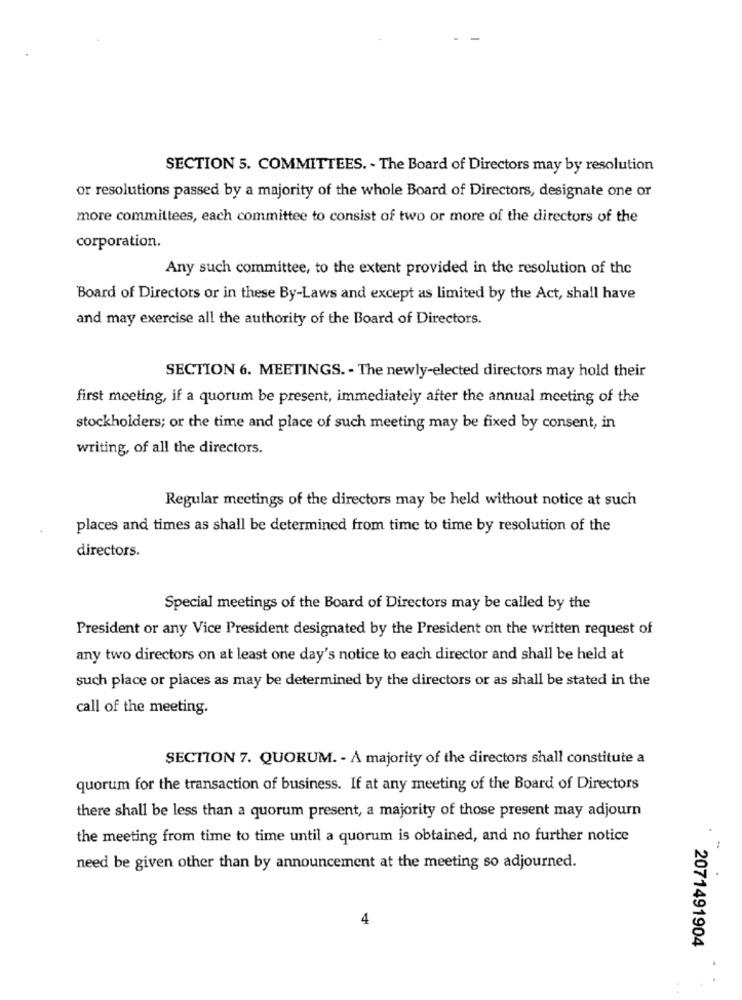
SECTION 5. COMMITTEES. - The Board of Directors may by resolution
or resolutions passed by a majority of the whole Board of Directors, designate one or
more committees, each committee to consist of two or more of the directors of the
corporation.
Any such committee, to the extent provided in the resolution of the
Board of Directors or in these By-Laws and except as limited by the Act, shall have
and may exercise all the authority of the Board of Directors.
SECTION 6. MEETINGS. - The newly-elected directors may hold their
first meeting, if a quorum be present, immediately after the annual meeting of the
stockholders; or the time and place of such meeting may be fixed by consent, in
writing, of all the directors.
Regular meetings of the directors may be held without notice at such
places and times as shall be determined from time to time by resolution of the
directors.
Special meetings of the Board of Directors may be called by the
President or any Vice President designated by the President on the written request of
any two directors on at least one day's notice to each director and shall be held at
such place or places as may be determined by the directors or as shall be stated in the
call of the meeting.
SECTION 7. QUORUM. - A majority of the directors shall constitute a
quorum for the transaction of business. If at any meeting of the Board of Directors
there shall be less than a quorum present, a majority of those present may adjourn
the meeting from time to time until a quorum is obtained, and no further notice
need be given other than by announcement at the meeting so adjourned.
4
2071491904